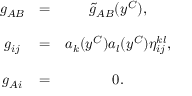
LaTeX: \begin{array} { c c c } { { g _ { A B } } } & { { = } } & { { \tilde { g } _ { A B } ( y ^ { C } ) , } } \\ { { } } & { { } } & { { } } \\ { { g _ { i j } } } & { { = } } & { { a _ { k } ( y ^ { C } ) a _ { l } ( y ^ { C } ) \eta _ { i j } ^ { k l } , } } \\ { { } } & { { } } & { { } } \\ { { g _ { A i } } } & { { = } } & { { 0 . } } \end{array}